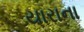
યારાના